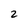
Character: 2